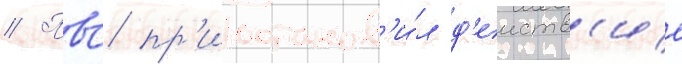
// Пвс пр'иостанов'и́л д'еиств'ие